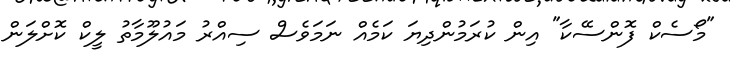
"މޯސެކް ފޮންސޭކާ" އިން ކުރަމުންދިޔަ ކަމެއް ނަމަވެސް ސިއްރު މައުލޫމާތު ލީކް ކޮށްލަން